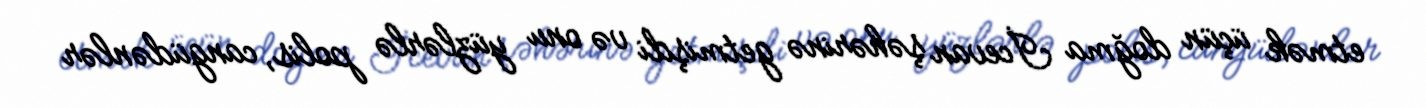
etmək üçün doğma İcevan şəhərinə getmişdi və onu yüzlərlə polis, cangüdənlər